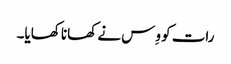
رات کو وِس نے کھانا کھایا۔